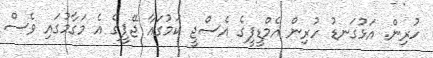
ހުރިން. އަޅުގަނޑު ހުރިން އެމްޑީޕީގެ އެސްޖީ ކަމުގައާ ޖޭޕީގެ އެ މަގާމުގައި ވެސް